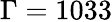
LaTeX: \Gamma=1033